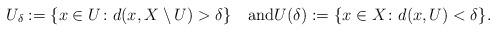
LaTeX: \begin{align*}U_{\delta}:=\{x\in U\colon d(x,X\setminus U)>\delta\}\quad\textrm{and}U(\delta):=\{x\in X\colon d(x,U)<\delta\}.\end{align*}